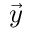
\vec { y }